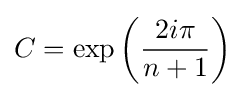
C=\exp \left({\frac {2i\pi }{n+1}}\right)